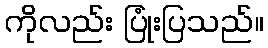
ကိုလည်း ပြုံးပြသည်။